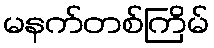
မနက်တစ်ကြိမ်